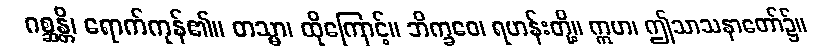
ဂစ္ဆန္တိ၊ ရောက်ကုန်၏။ တသ္မာ၊ ထိုကြောင့်။ ဘိက္ခဝေ၊ ရဟန်းတို့။ ဣဟ၊ ဤသာသနာတော်၌။